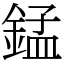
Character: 錳